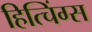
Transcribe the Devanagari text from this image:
हित्चिंग्स